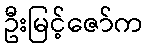
ဦးမြင့်ဇော်က